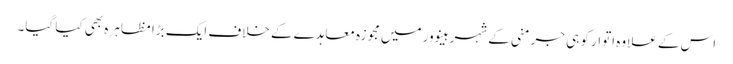
اس کے علاوہ اتوار کو ہی جرمنی کے شہر ہینوور میں مجوزہ معاہدے کے خلاف ایک بڑا مظاہرہ بھی کیا گیا۔